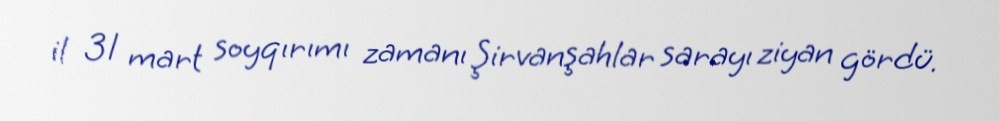
il 31 mart soyqırımı zamanı Şirvanşahlar sarayı ziyan gördü.